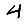
Digit: 4